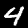
Digit: 4